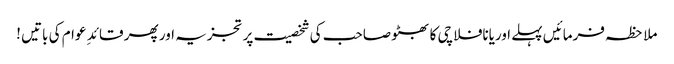
ملاحظہ فرمائیں پہلے اوریانافلاچی کا بھٹو صاحب کی شخصیت پر تجزیہ اور پھر قائد ِ عوام کی باتیں !